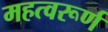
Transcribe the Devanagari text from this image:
महत्वरूर्ण